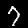
Digit: 7